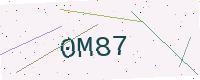
Text: 0M87